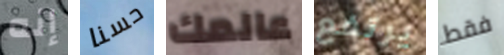
إنه حسنا عالمك يرتفع فقط